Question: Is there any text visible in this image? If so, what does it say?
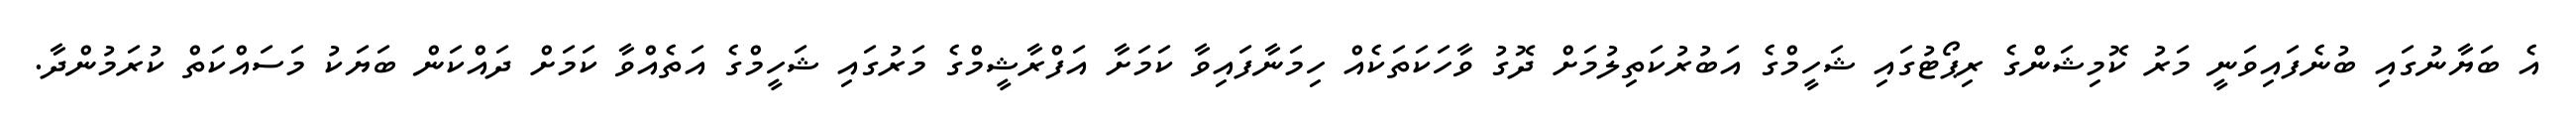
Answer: އެ ބަޔާނުގައި ބުނެފައިވަނީ މަރު ކޮމިޝަންގެ ރިޕޯޓުގައި ޝަހީމްގެ އަބުރުކަތިލުމަށް ދޮގު ވާހަކަތަކެއް ހިމަނާފައިވާ ކަމަށާ އަފްރާޝީމްގެ މަރުގައި ޝަހީމްގެ އަތެއްވާ ކަމަށް ދައްކަން ބަޔަކު މަސައްކަތް ކުރަމުންދާ.